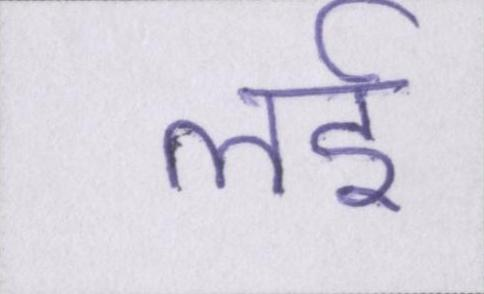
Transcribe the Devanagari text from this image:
लई